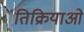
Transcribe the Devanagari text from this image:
तिक्रियाओं